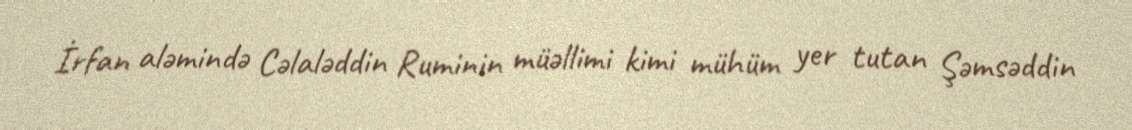
İrfan aləmində Cəlaləddin Ruminin müəllimi kimi mühüm yer tutan Şəmsəddin